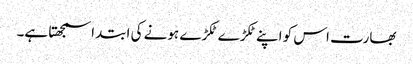
بھارت اس کو اپنے ٹکڑے ٹکڑے ہونے کی ابتدا سمجھتا ہے۔